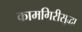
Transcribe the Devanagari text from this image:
कामगिरीसुद्धा